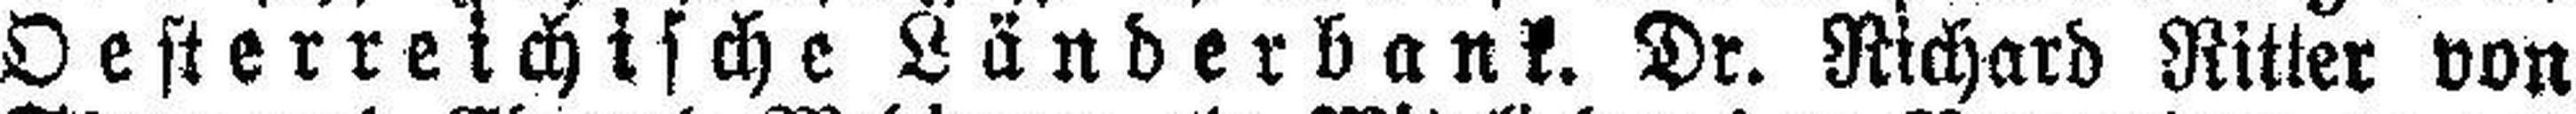
Oesterreichische Länderbank. Dr. Richard Ritter von